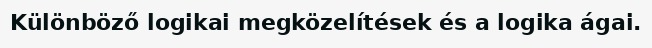
Különböző logikai megközelítések és a logika ágai.